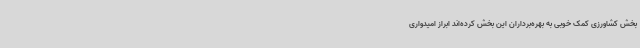
بخش کشاورزی کمک خوبی به بهره‌برداران این بخش کرده‌اند ابراز امیدواری